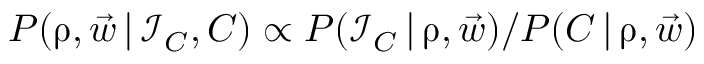
P ( \boldsymbol \uprho , \vec { w } \, | \, \mathcal I _ { C } , C ) \propto P ( \mathcal I _ { C } \, | \, \boldsymbol \uprho , \vec { w } ) / P ( C \, | \, \boldsymbol \uprho , \vec { w } )